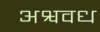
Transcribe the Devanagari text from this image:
अश्ववध